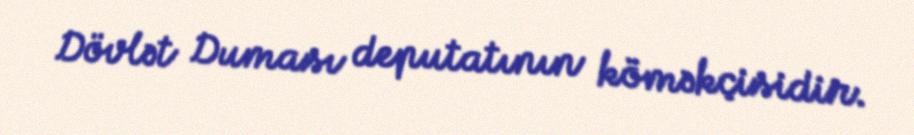
Dövlət Duması deputatının köməkçisidir.